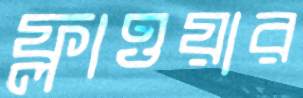
ফ্লাওয়ার